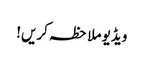
ویڈیو ملاحظہ کریں!